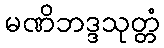
မဏိဘဒ္ဒသုတ္တံ